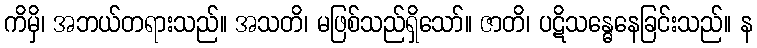
ကိမှိ၊ အဘယ်တရားသည်။ အသတိ၊ မဖြစ်သည်ရှိသော်။ ဇာတိ၊ ပဋိသန္ဓေနေခြင်းသည်။ န